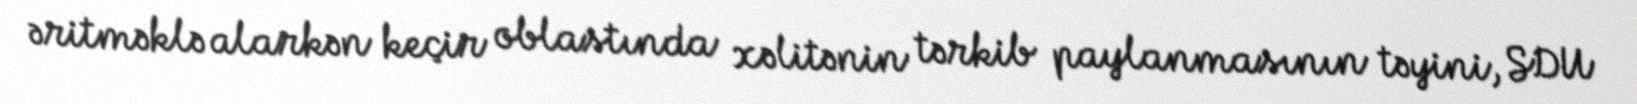
əritməklə alarkən keçir oblastında xəlitənin tərkib paylanmasının təyini, SDU